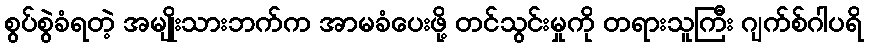
စွပ်စွဲခံရတဲ့ အမျိုးသားဘက်က အာမခံပေးဖို့ တင်သွင်းမှုကို တရားသူကြီး ဂျက်စ်ဂါပရိ